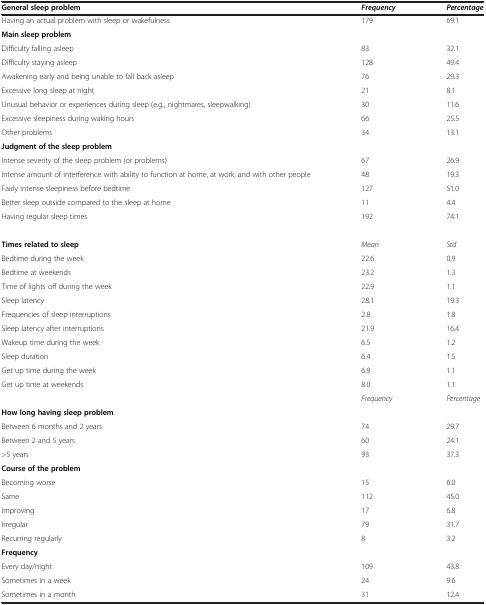
<table><thead><tr><td><b>General sleep problem</b></td><td><b><i>Frequency</i></b></td><td><b><i>Percentage</i></b></td></tr></thead><tbody><tr><td>Having an actual problem with sleep or wakefulness</td><td>179</td><td>69.1</td></tr><tr><td><b>Main sleep problem</b></td><td> </td><td> </td></tr><tr><td>Difficulty falling asleep</td><td>83</td><td>32.1</td></tr><tr><td>Difficulty staying asleep</td><td>128</td><td>49.4</td></tr><tr><td>Awakening early and being unable to fall back asleep</td><td>76</td><td>29.3</td></tr><tr><td>Excessive long sleep at night</td><td>21</td><td>8.1</td></tr><tr><td>Unusual behavior or experiences during sleep (e.g., nightmares, sleepwalking)</td><td>30</td><td>11.6</td></tr><tr><td>Excessive sleepiness during waking hours</td><td>66</td><td>25.5</td></tr><tr><td>Other problems</td><td>34</td><td>13.1</td></tr><tr><td><b>Judgment of the sleep problem</b></td><td> </td><td> </td></tr><tr><td>Intense severity of the sleep problem (or problems)</td><td>67</td><td>26.9</td></tr><tr><td>Intense amount of interference with ability to function at home, at work, and with other people</td><td>48</td><td>19.3</td></tr><tr><td>Fairly intense sleepiness before bedtime</td><td>127</td><td>51.0</td></tr><tr><td>Better sleep outside compared to the sleep at home</td><td>11</td><td>4.4</td></tr><tr><td>Having regular sleep times</td><td>192</td><td>74.1</td></tr><tr><td> </td><td> </td><td> </td></tr><tr><td><b>Times related to sleep</b></td><td><i>Mean</i></td><td><i>Std</i></td></tr><tr><td>Bedtime during the week</td><td>22.6</td><td>0.9</td></tr><tr><td>Bedtime at weekends</td><td>23.2</td><td>1.3</td></tr><tr><td>Time of lights off during the week</td><td>22.9</td><td>1.1</td></tr><tr><td>Sleep latency</td><td>28.1</td><td>19.3</td></tr><tr><td>Frequencies of sleep interruptions</td><td>2.8</td><td>1.8</td></tr><tr><td>Sleep latency after interruptions</td><td>21.9</td><td>16.4</td></tr><tr><td>Wakeup time during the week</td><td>6.5</td><td>1.2</td></tr><tr><td>Sleep duration</td><td>6.4</td><td>1.5</td></tr><tr><td>Get up time during the week</td><td>6.9</td><td>1.1</td></tr><tr><td>Get up time at weekends</td><td>8.0</td><td>1.1</td></tr><tr><td> </td><td><i>Frequency</i></td><td><i>Percentage</i></td></tr><tr><td><b>How long having sleep problem</b></td><td> </td><td> </td></tr><tr><td>Between 6 months and 2 years</td><td>74</td><td>29.7</td></tr><tr><td>Between 2 and 5 years</td><td>60</td><td>24.1</td></tr><tr><td>&gt;5 years</td><td>93</td><td>37.3</td></tr><tr><td><b>Course of the problem</b></td><td> </td><td> </td></tr><tr><td>Becoming worse</td><td>15</td><td>6.0</td></tr><tr><td>Same</td><td>112</td><td>45.0</td></tr><tr><td>Improving</td><td>17</td><td>6.8</td></tr><tr><td>Irregular</td><td>79</td><td>31.7</td></tr><tr><td>Recurring regularly</td><td>8</td><td>3.2</td></tr><tr><td><b>Frequency</b></td><td> </td><td> </td></tr><tr><td>Every day/night</td><td>109</td><td>43.8</td></tr><tr><td>Sometimes in a week</td><td>24</td><td>9.6</td></tr><tr><td>Sometimes in a month</td><td>31</td><td>12.4</td></tr></tbody></table>